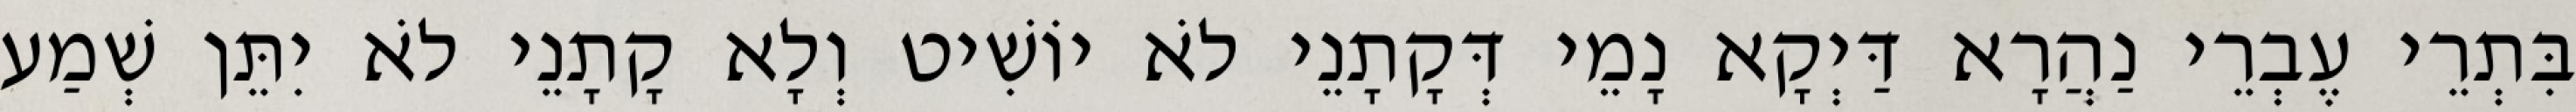
בִּתְרֵי עֶבְרֵי נַהֲרָא דַּיְקָא נָמֵי דְּקָתָנֵי לֹא יוֹשִׁיט וְלָא קָתָנֵי לֹא יִתֵּן שְׁמַע